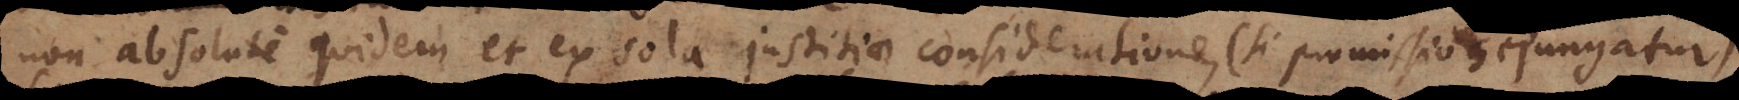
non absolute quidem et ex sola justitiae consideratione, se